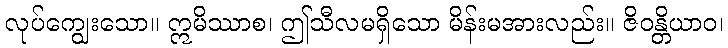
လုပ်ကျွေးသော။ ဣမိဿာစ၊ ဤသီလမရှိသော မိန်းမအားလည်း။ ဇိဝန္တိယာဝ၊